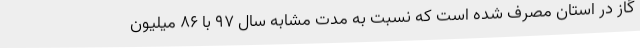
گاز در استان مصرف شده است که نسبت به مدت مشابه سال 97 با 86 میلیون